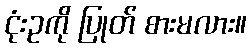
ငုံးဥကို ပြုတ် စားမလား။